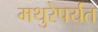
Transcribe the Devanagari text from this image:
मथुरेपर्यंत